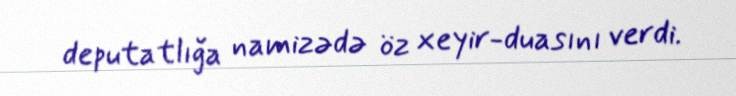
deputatlığa namizədə öz xeyir-duasını verdi.